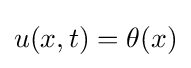
u(x,t)=\theta (x)